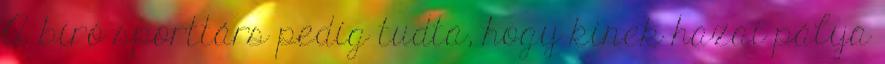
A bíró sporttárs pedig tudta, hogy kinek hazai pálya